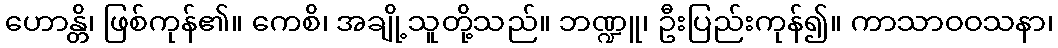
ဟောန္တိ၊ ဖြစ်ကုန်၏။ ကေစိ၊ အချို့သူတို့သည်။ ဘဏ္ဍူ၊ ဦးပြည်းကုန်၍။ ကာသာဝဝသနာ၊